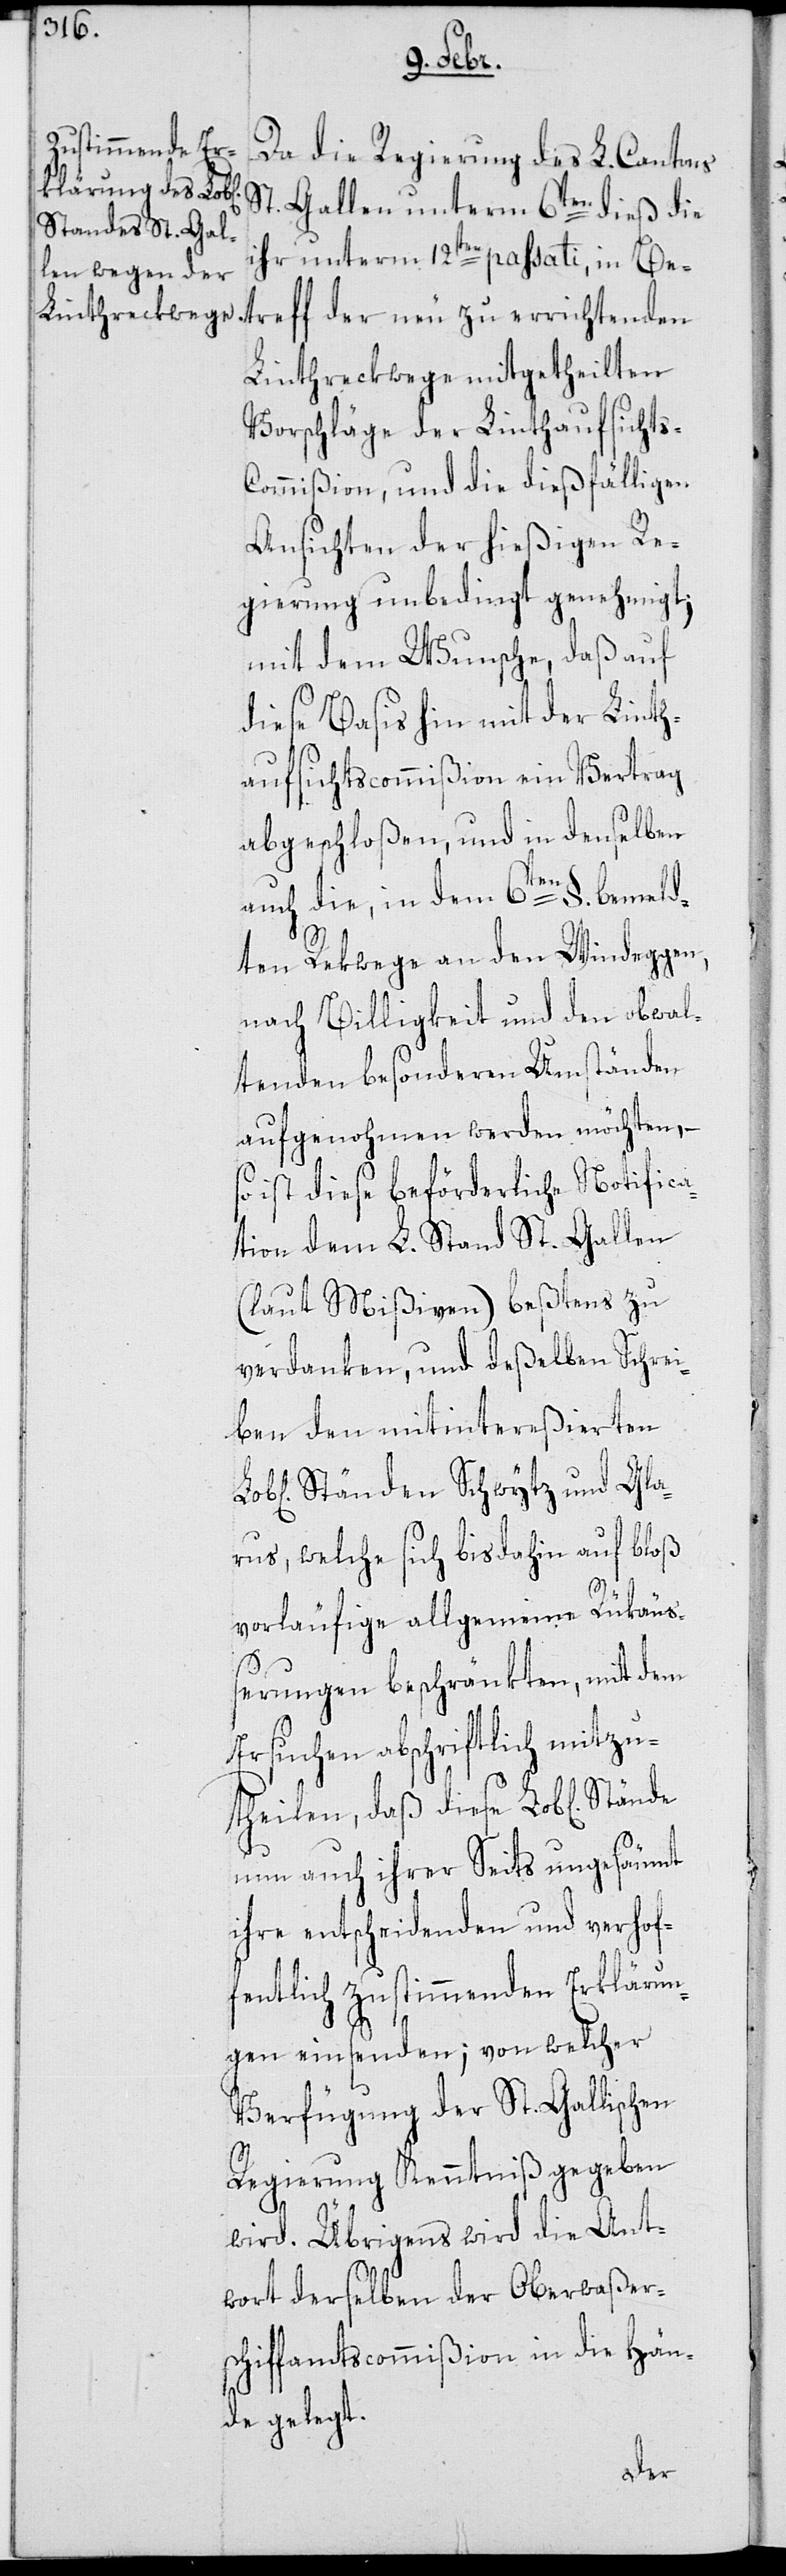
Da die Regierung des L. Cantons
St. Gallen unterm 6ten dieß die
ihr unterm 12ten passati, in Be¬
treff der neu zu errichtenden
Linthreckwege mitgetheilten
Vorschläge der Linthaufsicht¬
ommißion, und die dießfälligen
Ansichten der hießigen Re¬
gierung unbedingt genehmigt;
mit dem Wunsche, daß auf
diese Basis hin mit der Linth¬
aufsichtscommißion ein Vertrag
abgeschloßen, und in denselben
s-C¬
auch die, in dem 6ten §. bemeld¬
ten Rekwege an den Windeggen,
nach Billigkeit und den obwal¬
tenden besonderen Umständen
aufgenohmen werden möchten, –
ist diese beförderliche Notifica¬
tion dem L. Stand St.Gallen
(laut Mißiven) beßtens zu
verdanken, und deßelben Schrei¬
ben den mitintereßierten
Ständen Schwytz und Gla¬
rus, welche sich bis dahin auf bloß
vorläufige allgemeine Rükäuß¬
erungen beschränkten, mit dem
Ersuchen abschriftlich mitzu¬
theilen, daß diese Lob[lichen]
nun auch ihrer Seits ungesäumt
ihre entscheidenden und verhof¬
fentlich zustimmenden Erklärun¬
gen einsenden; von welcher
Verfügung der St. Gallischen
Regierung Kenntniß gegeben
wird. Übrigens wird die Ant¬
wort derselben der Oberwaßer¬
schiffamtscommißion in die Hän¬
de gelegt.